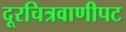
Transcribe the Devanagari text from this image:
दूरचित्रवाणीपट